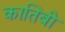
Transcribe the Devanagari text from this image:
कातिबी